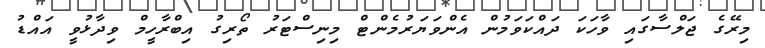
މިރޭގެ ޖަލްސާގައި ވާހަކަ ދައްކަވަމުން އެންވަޔަރުމެންޓް މިނިސްޓަރު ތޯރިގު އިބްރާހީމް ވިދާޅުވީ އައްޑު